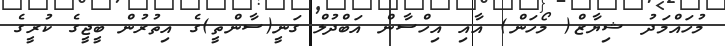
މުހައްމަދު ޝިޔާޒް( މޯހަން) އާއި އިހްސާން އަބްދުލް ގަނީ(ސާންތީ)ގެ އިތުރުން ބީޖީގެ ކުރީގެ